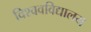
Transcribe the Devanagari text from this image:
विश्ववविद्यालय